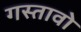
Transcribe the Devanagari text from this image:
गस्तावो